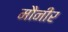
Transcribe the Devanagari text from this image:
मौनीर